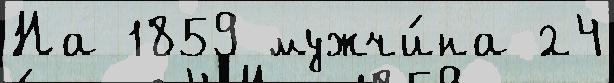
На 1859 мужчи́на 24